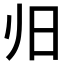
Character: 𰕲